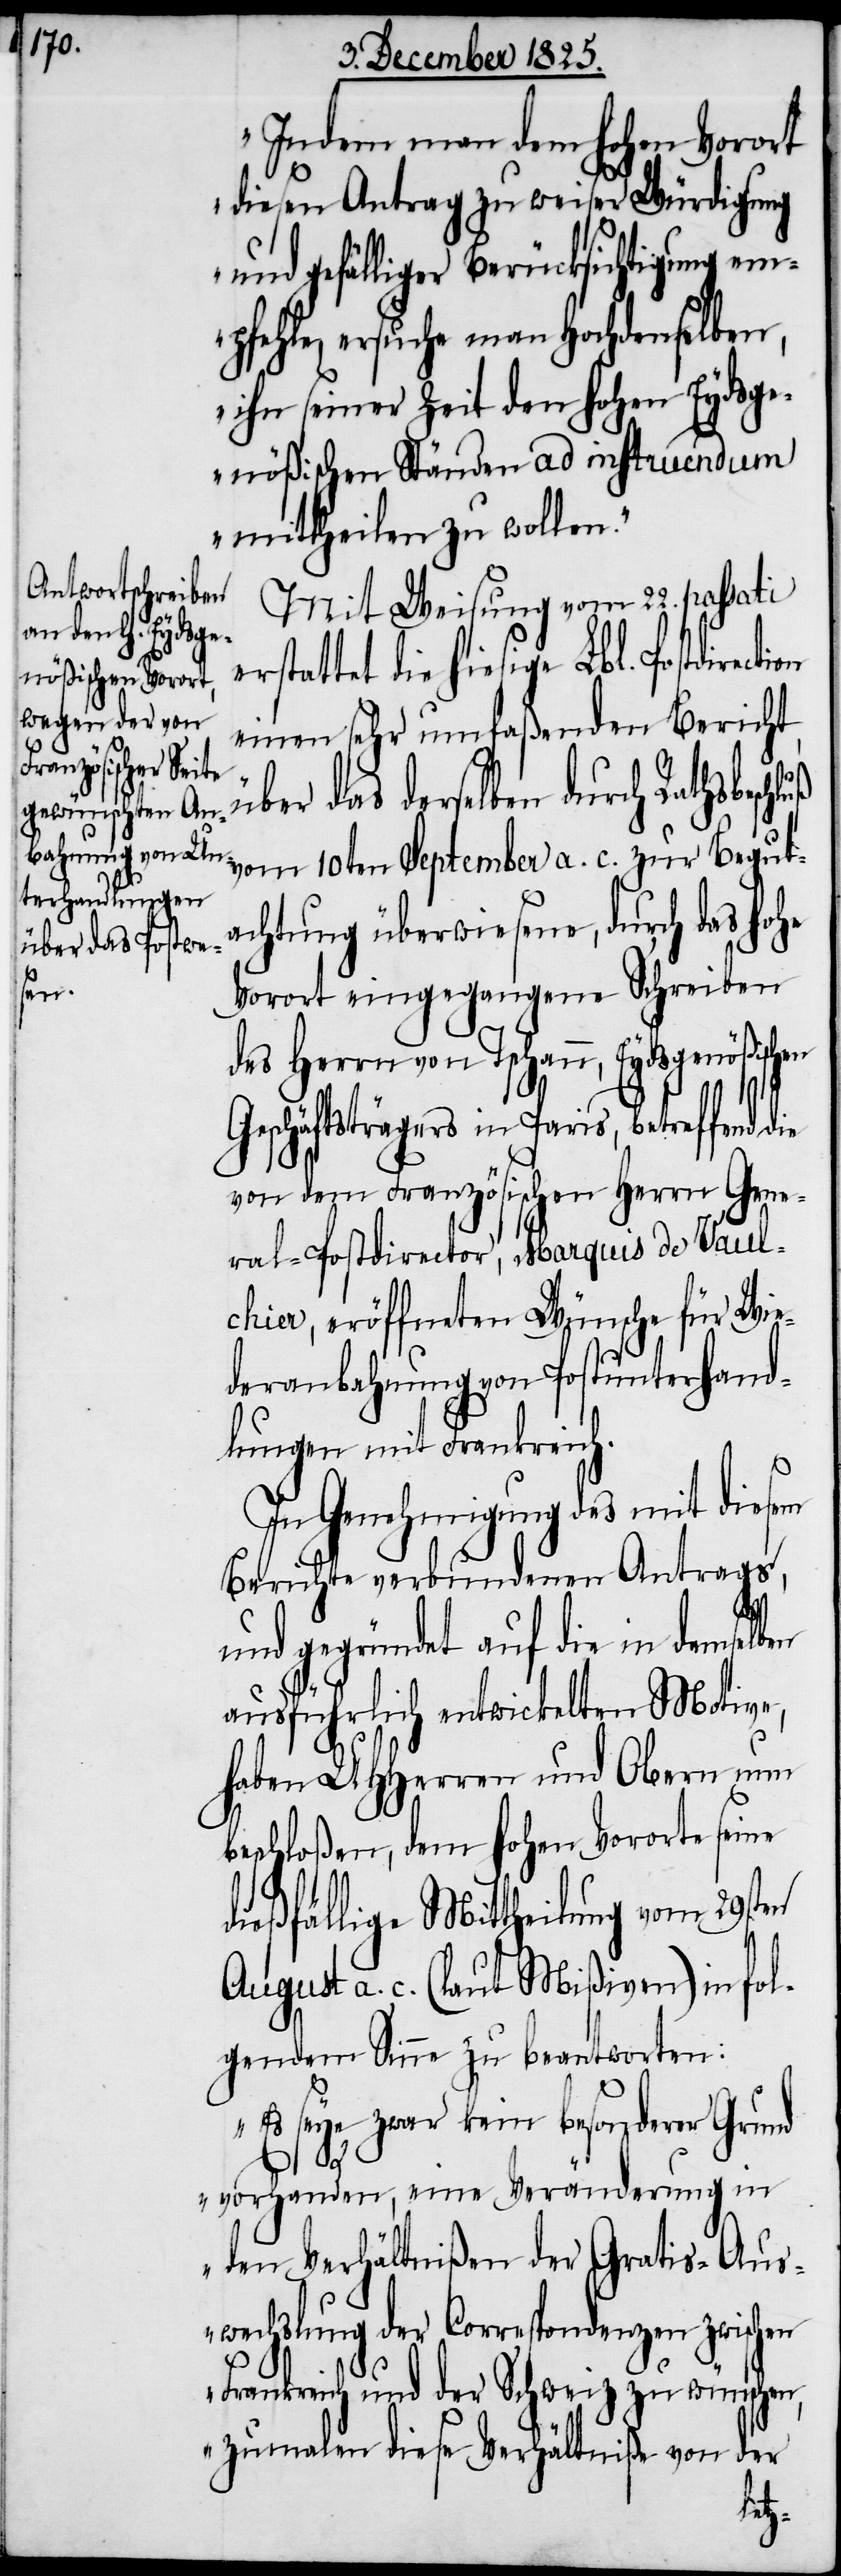
Indem man dem hohen Vorort
diesen Antrag zu weiser Würdigung
und gefälliger Berücksichtigung em¬
pfehle, ersuche man Hochdemselben,
ihn seiner Zeit den hohen Eydsge¬
nößischen Ständen ad instruendum
mittheilen zu wollen.“
Mit Weisung vom 22. passati
rstattet die hiesige Lbl. Postdirecti¬
einen sehr umfaßenden Bericht,
über das derselben durch Rathsbesch¬
vom 10ten September a. c. zur Begut¬
achtung überwiesene, durch das hohe
Vorort eingegangene Schreiben
des Herrn von Tschann, Eydsgenößischen
Geschäftsträgers in Paris, betreffend
von dem Französischen Herrn Gene¬
ral-Postdirector, Marquis de Vaul¬
chier, eröffneten Wünsche für Wie¬
deranbahnung von Postunterhand¬
lungen mit Frankreich.
In Genehmigung des mit diesem
Berichte verbundenen Antrags,
und gegründet auf die in demselben
ausführlich entwickelten Motive,
haben UHHerren und Obern nun
beschloßen, dem hohen Vororte seine
dießfällige Mittheilung vom 29sten
August a. c. (laut Mißiven) in fol¬
gendem Sinn zu beantworten:
„Es seye zwar kein besonderer Grund
luß
vorhanden, eine Veränderung in
den Verhältnißen der Gratis-Aus¬
wechslung der Correspondenzen zwischen
Frankreich und der Schweiz zu wünschen,
zumalen diese Verhältniße von der